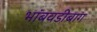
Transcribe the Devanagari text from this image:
भांबवडीबाग